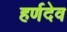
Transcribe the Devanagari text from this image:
हर्णदेव